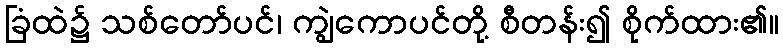
ခြံထဲ၌ သစ်တော်ပင်၊ ကျွဲကောပင်တို့ စီတန်း၍ စိုက်ထား၏။